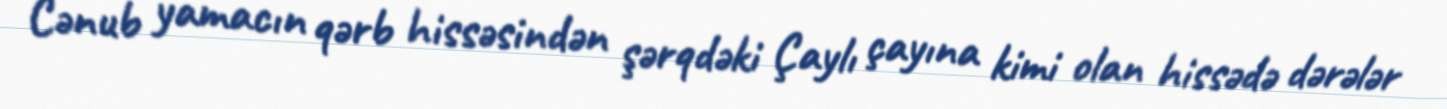
Cənub yamacın qərb hissəsindən şərqdəki Çaylı çayına kimi olan hissədə dərələr